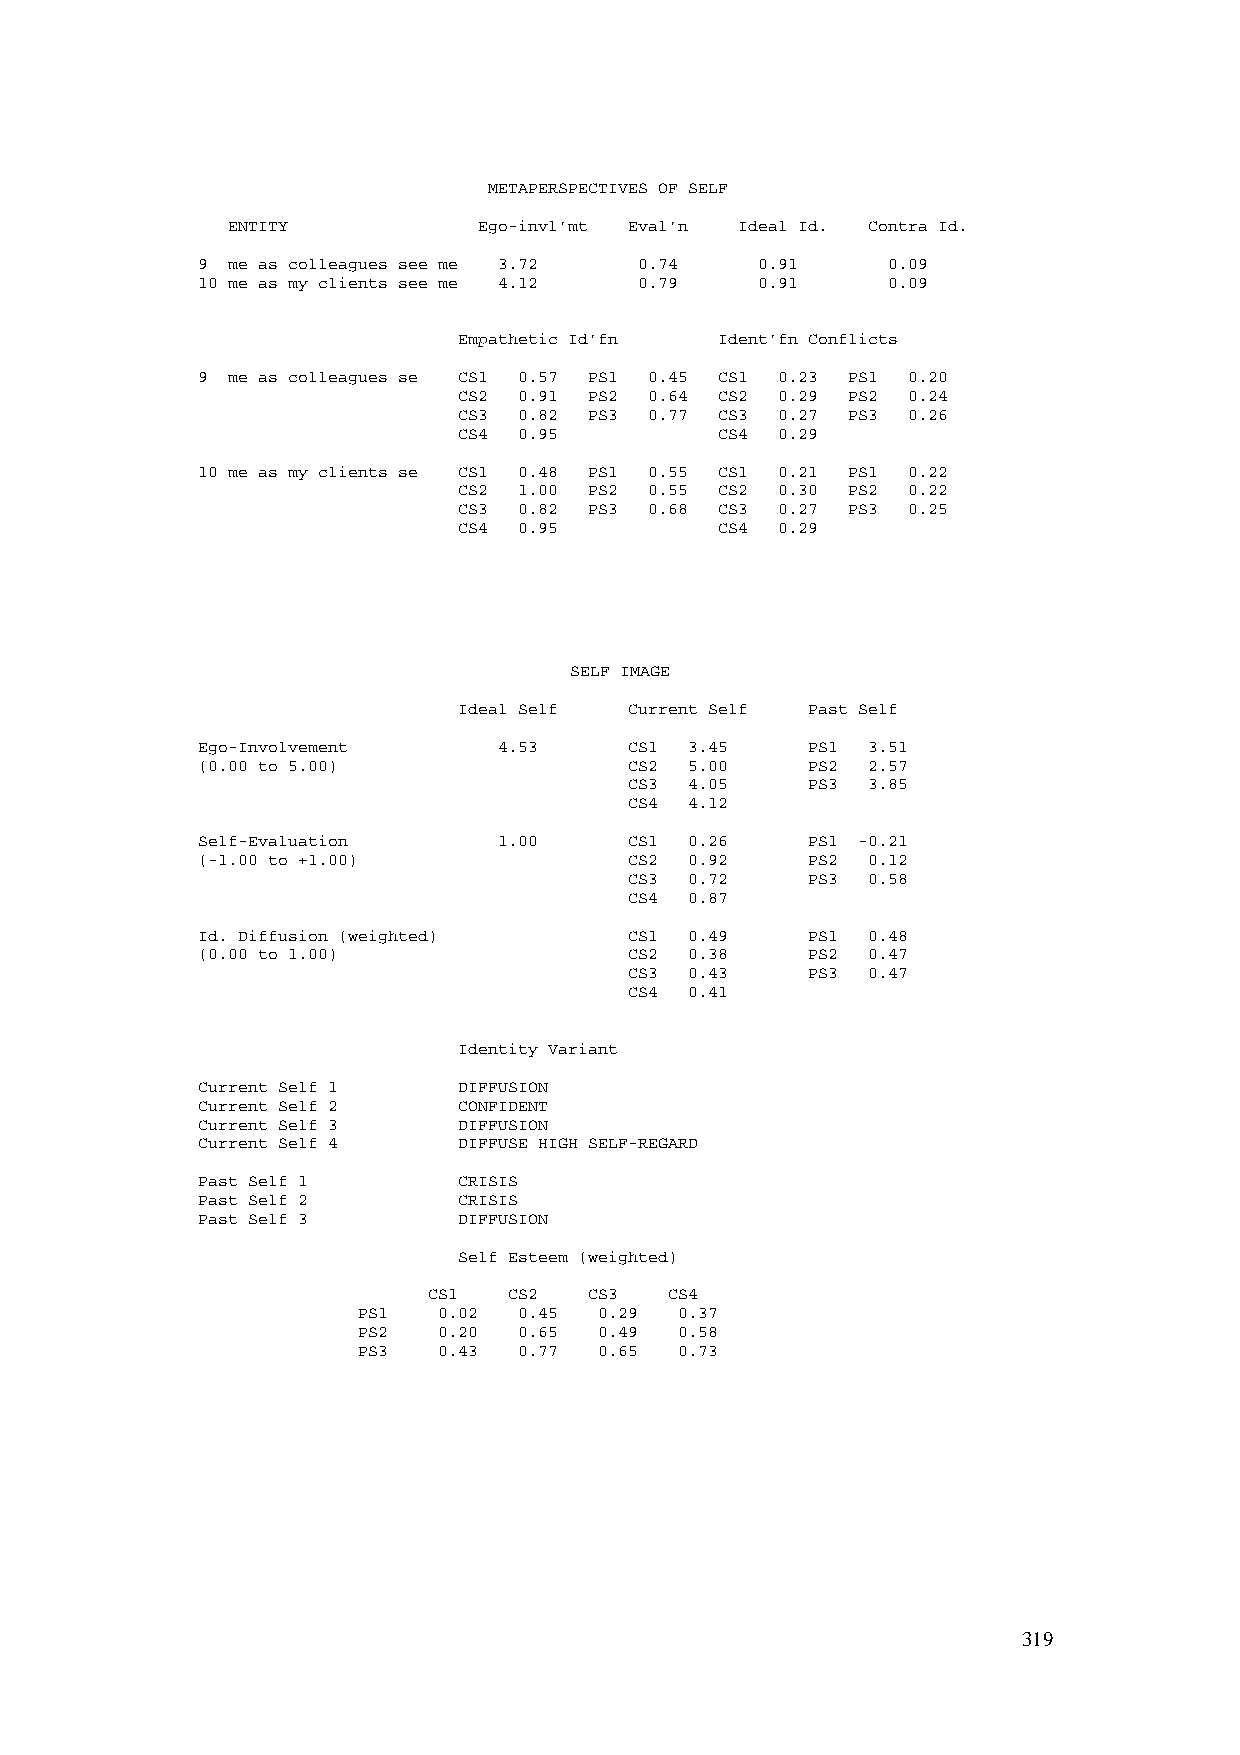
METAPERSPECTIVES OF SELF
 ENTITY           Ego-invl'mt Eval'n Ideal Id. Contra Id.
 9 me as colleagues see me 3.72 0.74  0.91     0.09
 10 me as my clients see me 4.12 0.79 0.91     0.09
 Empathetic Id'fn Ident'fn Conflicts
 9 me as colleagues se CS1 0.57 PS1 0.45 CS1 0.23 PS1 0.20
 CS2 0.91 PS2 0.64 CS2 0.29 PS2 0.24
 CS3 0.82 PS3 0.77 CS3 0.27 PS3 0.26
 CS4 0.95         CS4 0.29
 10 me as my clients se CS1 0.48 PS1 0.55 CS1 0.21 PS1 0.22
 CS2 1.00 PS2 0.55 CS2 0.30 PS2 0.22
 CS3 0.82 PS3 0.68 CS3 0.27 PS3 0.25
 CS4 0.95         CS4 0.29
 SELF IMAGE
 Ideal Self  Current Self Past Self
 Ego-Involvement     4.53     CS1 3.45   PS1 3.51
 (0.00 to 5.00)               CS2 5.00   PS2 2.57
 CS3 4.05   PS3 3.85
 CS4 4.12
 Self-Evaluation     1.00     CS1 0.26   PS1 -0.21
 (-1.00 to +1.00)             CS2 0.92   PS2 0.12
 CS3 0.72   PS3 0.58
 CS4 0.87
 Id. Diffusion (weighted)     CS1 0.49   PS1 0.48
 (0.00 to 1.00)               CS2 0.38   PS2 0.47
 CS3 0.43   PS3 0.47
 CS4 0.41
 Identity Variant
 Current Self 1   DIFFUSION
 Current Self 2   CONFIDENT
 Current Self 3   DIFFUSION
 Current Self 4   DIFFUSE HIGH SELF-REGARD
 Past Self 1      CRISIS
 Past Self 2      CRISIS
 Past Self 3      DIFFUSION
 Self Esteem (weighted)
 CS1   CS2  CS3  CS4
 PS1  0.02 0.45  0.29 0.37
 PS2  0.20 0.65  0.49 0.58
 PS3  0.43 0.77  0.65 0.73
 319